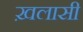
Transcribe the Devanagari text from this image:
ख़लासी